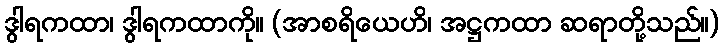
ဒွါရကထာ၊ ဒွါရကထာကို။ (အာစရိယေဟိ၊ အဋ္ဌကထာ ဆရာတို့သည်။)